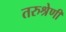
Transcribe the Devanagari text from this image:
तरुश्रेणी